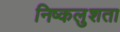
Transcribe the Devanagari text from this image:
निष्कलुशता